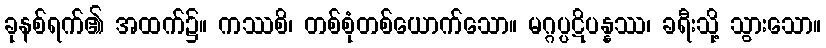
ခုနစ်ရက်၏ အထက်၌။ ကဿစိ၊ တစ်စုံတစ်ယောက်သော။ မဂ္ဂပ္ပဋိပန္နဿ၊ ခရီးသို့ သွားသော။